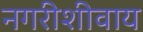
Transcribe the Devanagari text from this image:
नगरीशीवाय